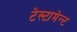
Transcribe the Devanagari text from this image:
टेस्टामेन्ट